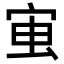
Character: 𭓱